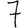
Digit: 7